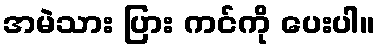
အမဲသား ပြား ကင်ကို ပေးပါ။